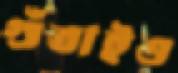
গুঁতাইও